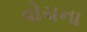
વોચના